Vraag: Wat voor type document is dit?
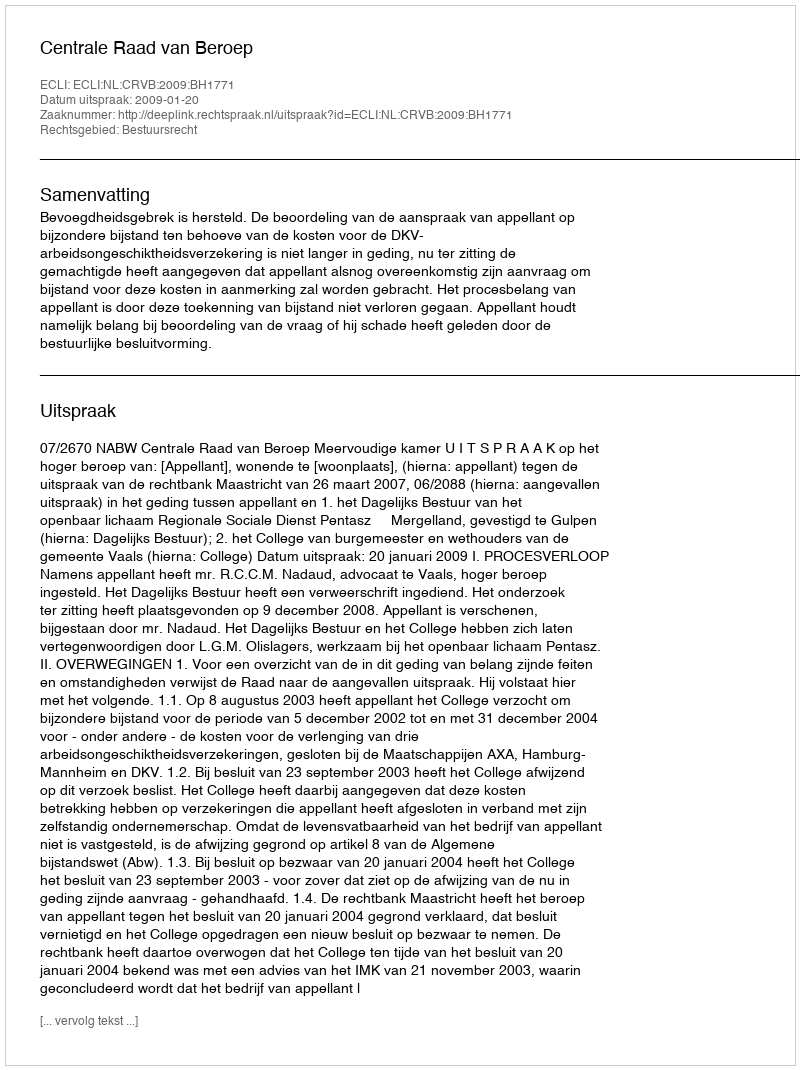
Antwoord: Uitspraak